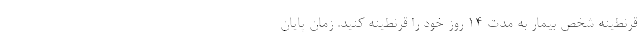
قرنطینهٔ شخص بیمار به مدت ۱۴ روز خود را قرنطینه کنید. زمان پایان